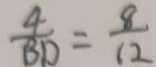
\frac { 4 } { B D } = \frac { 8 } { 1 2 }